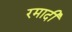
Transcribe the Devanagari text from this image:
रमादी